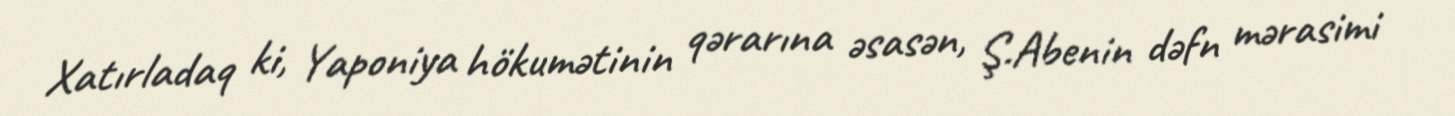
Xatırladaq ki, Yaponiya hökumətinin qərarına əsasən, Ş.Abenin dəfn mərasimi